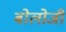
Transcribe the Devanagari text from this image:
बोलोजी